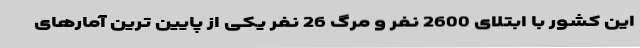
این کشور با ابتلای 2600 نفر و مرگ 26 نفر یکی از پایین ترین آمارهای